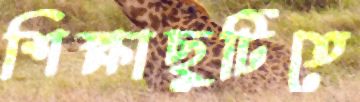
শিক্ষাছুটিতে